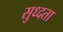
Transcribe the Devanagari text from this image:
सुध्दता